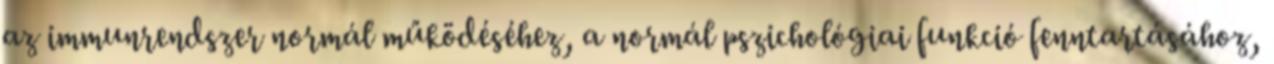
az immunrendszer normál működéséhez, a normál pszichológiai funkció fenntartásához,